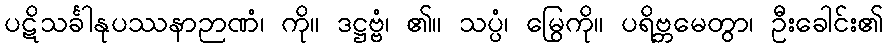
ပဋိသင်္ခါနုပဿနာဉာဏံ၊ ကို။ ဒဋ္ဌဗ္ဗံ၊ ၏။ သပ္ပံ၊ မြွေကို။ ပရိဗ္ဘမေတွာ၊ ဦးခေါင်း၏